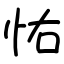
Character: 㤑